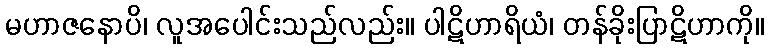
မဟာဇနောပိ၊ လူအပေါင်းသည်လည်း။ ပါဋိဟာရိယံ၊ တန်ခိုးပြာဋိဟာကို။